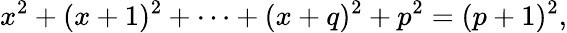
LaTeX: x^{2}+(x+1)^{2}+\cdots+(x+q)^{2}+p^{2}=(p+1)^{2},